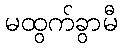
မထွက်ခွာမီ